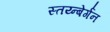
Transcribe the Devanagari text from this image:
स्तय्न्बेर्गन